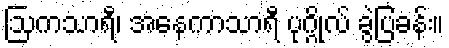
ဩကသာရီ၊ အနေကာသာရီ ပုဂ္ဂိုလ် ခွဲပြခန်း။